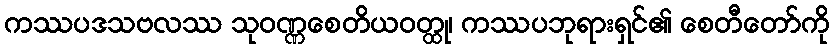
ကဿပဒသဗလဿ သုဝဏ္ဏစေတိယဝတ္ထု၊ ကဿပဘုရားရှင်၏ စေတီတော်ကို